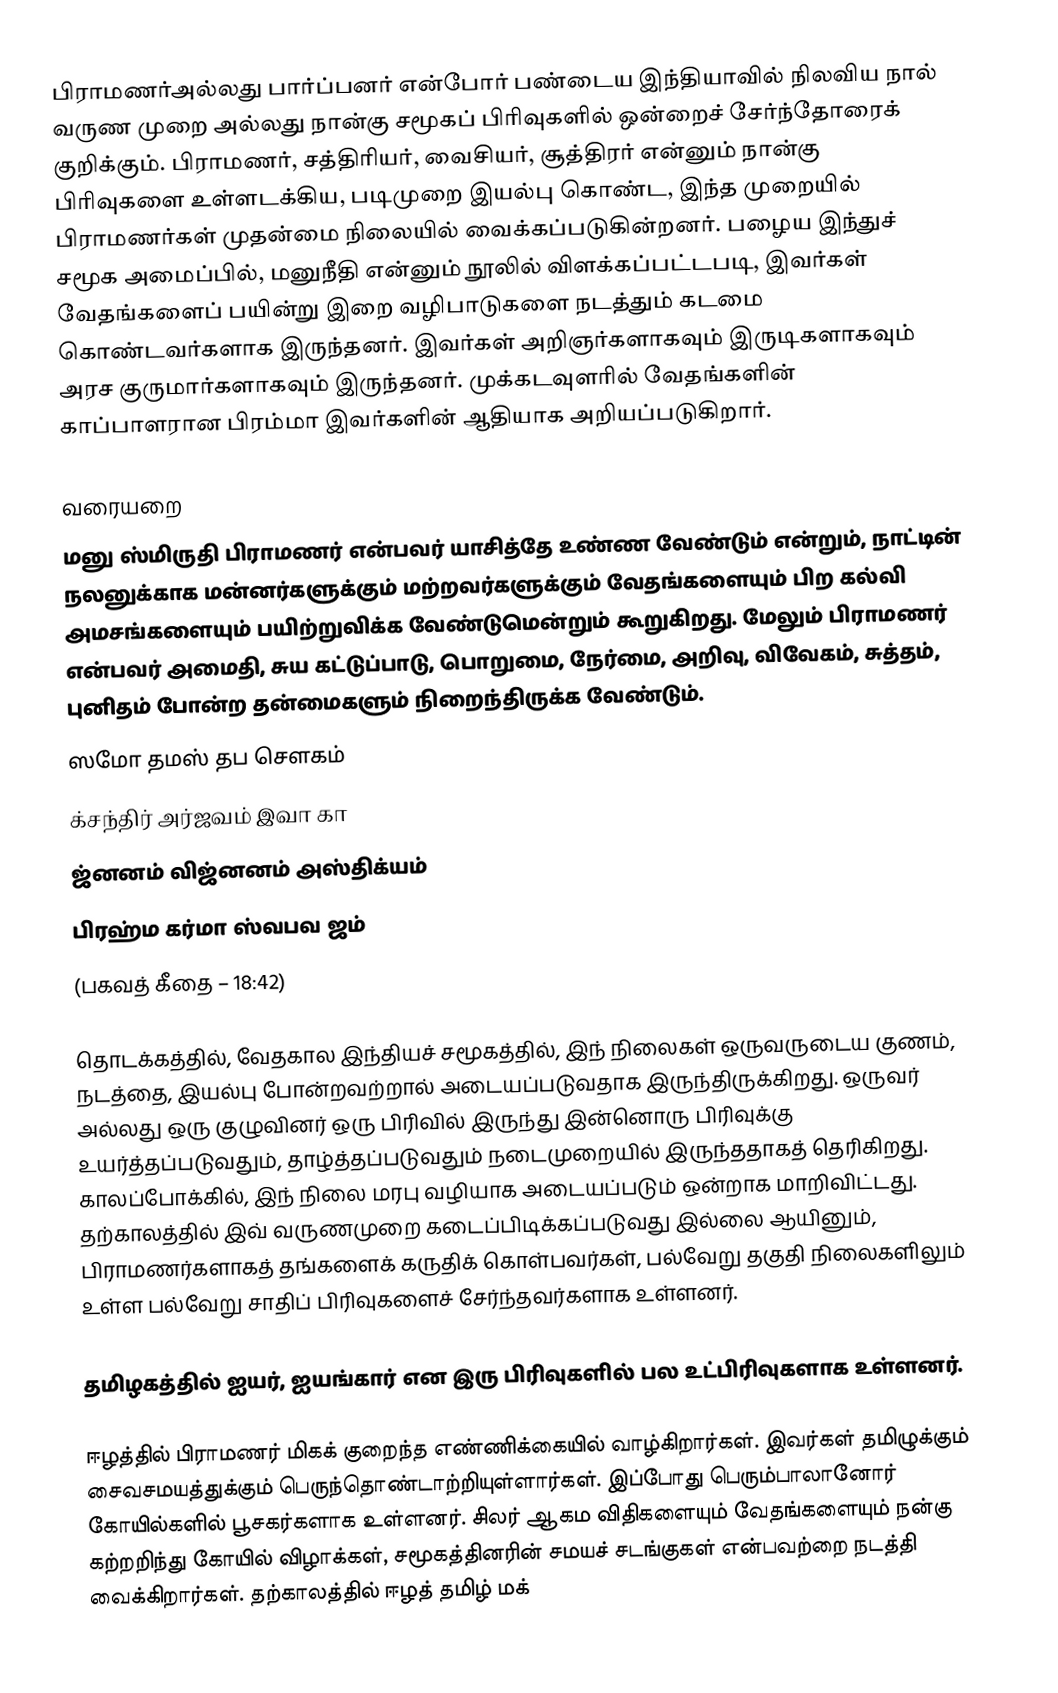
பிராமணர்அல்லது பார்ப்பனர்  என்போர் பண்டைய இந்தியாவில் நிலவிய நால் வருண முறை அல்லது நான்கு சமூகப் பிரிவுகளில் ஒன்றைச் சேர்ந்தோரைக் குறிக்கும். பிராமணர், சத்திரியர், வைசியர், சூத்திரர் என்னும் நான்கு பிரிவுகளை உள்ளடக்கிய, படிமுறை இயல்பு கொண்ட, இந்த முறையில் பிராமணர்கள் முதன்மை நிலையில் வைக்கப்படுகின்றனர். பழைய இந்துச் சமூக அமைப்பில், மனுநீதி என்னும் நூலில் விளக்கப்பட்டபடி, இவர்கள் வேதங்களைப் பயின்று இறை வழிபாடுகளை  நடத்தும் கடமை கொண்டவர்களாக இருந்தனர். இவர்கள் அறிஞர்களாகவும் இருடிகளாகவும் அரச குருமார்களாகவும் இருந்தனர். முக்கடவுளரில் வேதங்களின் காப்பாளரான பிரம்மா இவர்களின் ஆதியாக அறியப்படுகிறார்.

வரையறை
மனு ஸ்மிருதி பிராமணர் என்பவர் யாசித்தே உண்ண வேண்டும் என்றும், நாட்டின் நலனுக்காக மன்னர்களுக்கும் மற்றவர்களுக்கும் வேதங்களையும் பிற கல்வி அமசங்களையும் பயிற்றுவிக்க வேண்டுமென்றும் கூறுகிறது. மேலும் பிராமணர் என்பவர் அமைதி, சுய கட்டுப்பாடு, பொறுமை, நேர்மை, அறிவு, விவேகம், சுத்தம், புனிதம் போன்ற தன்மைகளும் நிறைந்திருக்க வேண்டும்.
ஸமோ தமஸ் தப சௌகம்
க்சந்திர் அர்ஜவம் இவா கா
ஜ்னனம் விஜ்னனம் அஸ்திக்யம்
பிரஹ்ம கர்மா ஸ்வபவ ஜம்
(பகவத் கீதை – 18:42)

தொடக்கத்தில், வேதகால இந்தியச் சமூகத்தில், இந் நிலைகள் ஒருவருடைய குணம், நடத்தை, இயல்பு போன்றவற்றால் அடையப்படுவதாக இருந்திருக்கிறது. ஒருவர் அல்லது ஒரு குழுவினர் ஒரு பிரிவில் இருந்து இன்னொரு பிரிவுக்கு உயர்த்தப்படுவதும், தாழ்த்தப்படுவதும் நடைமுறையில் இருந்ததாகத் தெரிகிறது. காலப்போக்கில், இந் நிலை மரபு வழியாக அடையப்படும் ஒன்றாக மாறிவிட்டது. தற்காலத்தில் இவ் வருணமுறை கடைப்பிடிக்கப்படுவது இல்லை ஆயினும், பிராமணர்களாகத் தங்களைக் கருதிக் கொள்பவர்கள், பல்வேறு தகுதி நிலைகளிலும் உள்ள பல்வேறு சாதிப் பிரிவுகளைச் சேர்ந்தவர்களாக உள்ளனர்.

தமிழகத்தில் ஐயர், ஐயங்கார் என இரு பிரிவுகளில் பல உட்பிரிவுகளாக உள்ளனர்.

ஈழத்தில் பிராமணர் மிகக் குறைந்த எண்ணிக்கையில் வாழ்கிறார்கள். இவர்கள் தமிழுக்கும் சைவசமயத்துக்கும் பெருந்தொண்டாற்றியுள்ளார்கள். இப்போது பெரும்பாலானோர் கோயில்களில் பூசகர்களாக உள்ளனர். சிலர் ஆகம விதிகளையும் வேதங்களையும் நன்கு கற்றறிந்து கோயில் விழாக்கள், சமூகத்தினரின் சமயச் சடங்குகள் என்பவற்றை நடத்தி வைக்கிறார்கள். தற்காலத்தில் ஈழத் தமிழ் மக்